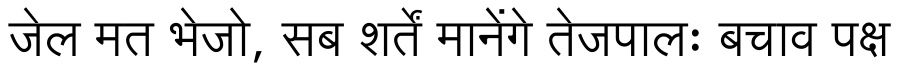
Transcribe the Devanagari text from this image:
जेल मत भेजो, सब शर्तें मानेंगे तेजपालः बचाव पक्ष